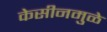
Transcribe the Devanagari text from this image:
केसीनमुळे